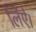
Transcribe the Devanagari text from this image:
लिऐ।